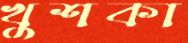
খুশকা